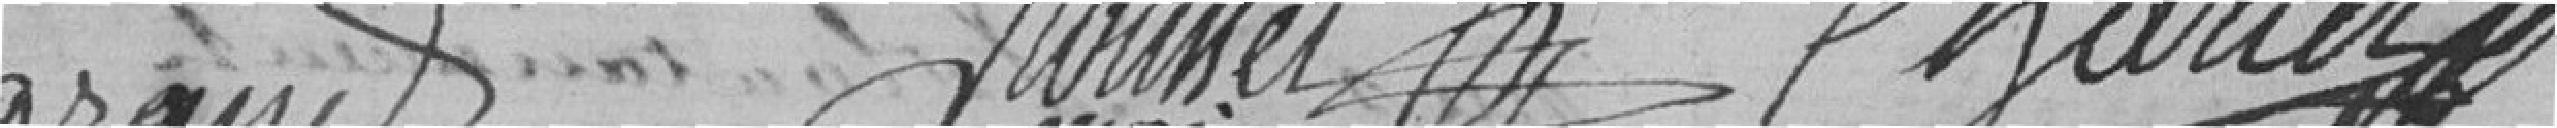
Legrand Rousset Charlot